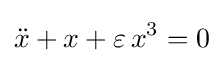
{\ddot {x}}+x+\varepsilon \,x^{3}=0